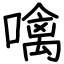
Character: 噙